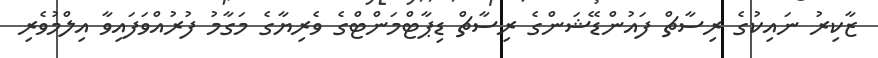
ޒާކިރު ނައިކުގެ ރިސާޗް ފައުންޑޭޝަންގެ ރިސާޗް ޑިޕާޓްމަންޓްގެ ވެރިޔާގެ މަގާމު ފުރުއްވަފައިވާ އިލްމުވެރި